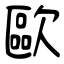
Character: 歐